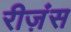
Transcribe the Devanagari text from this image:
रीज़ंस